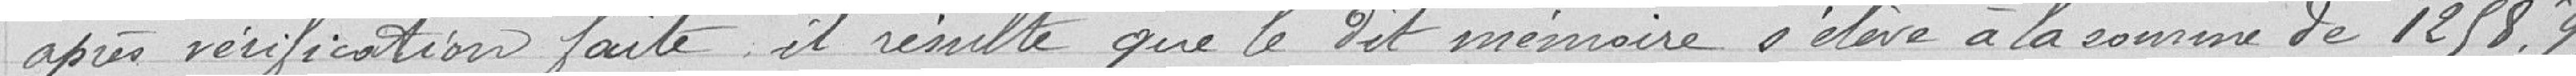
après vérification, il résulte que le dit mémoire s'élève à la somme de 1258.95 francs